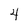
Character: 4